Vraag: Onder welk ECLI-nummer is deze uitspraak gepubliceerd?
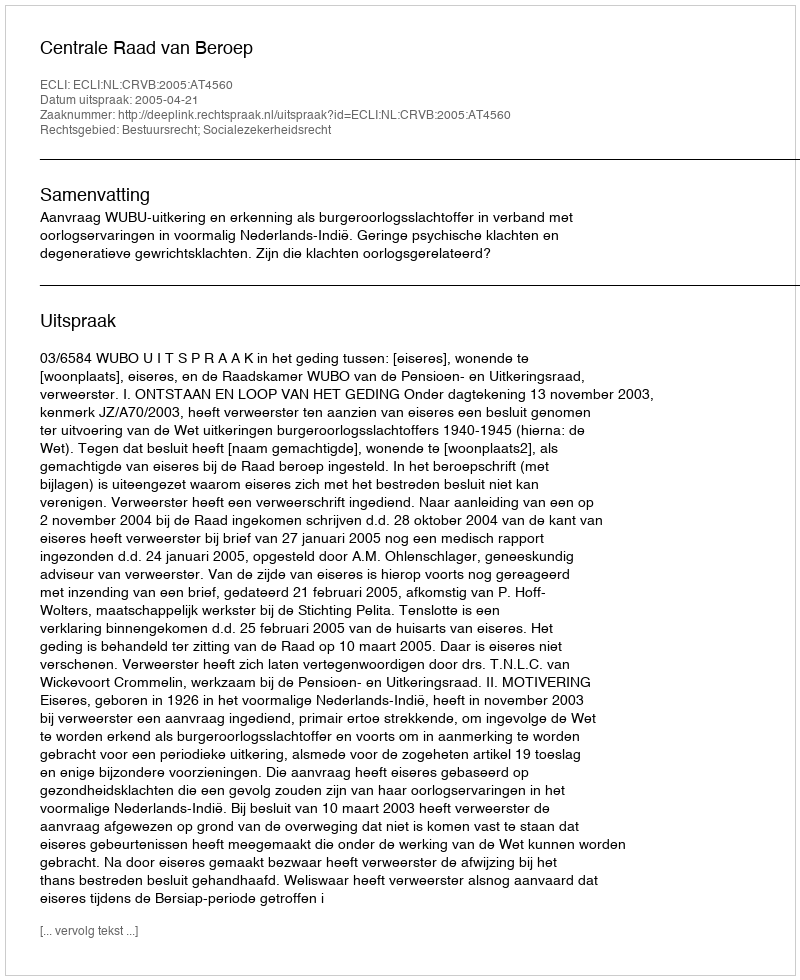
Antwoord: ECLI:NL:CRVB:2005:AT4560